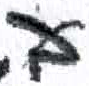
אות: ב